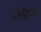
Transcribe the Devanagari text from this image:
क्रोटोने